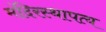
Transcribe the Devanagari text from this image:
मंदिरस्थापत्य